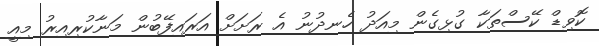
ކޮވިޑް ކޭސްތަކާ ގުޅިގެން މިއަދު ހެނދުނު އެ ރަށަށް އަރައިފޭބުން މަނާކުރިއިރު މިއީ